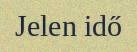
Jelen idő